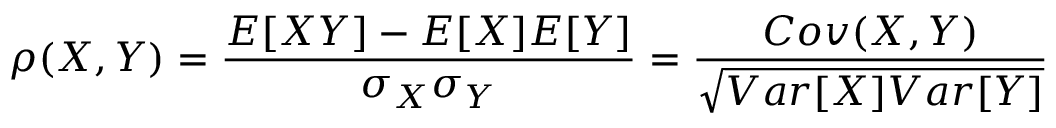
\rho ( X , Y ) = \frac { E [ X Y ] - E [ X ] E [ Y ] } { \sigma _ { X } \sigma _ { Y } } = \frac { C o v ( X , Y ) } { \sqrt { V a r [ X ] V a r [ Y ] } }